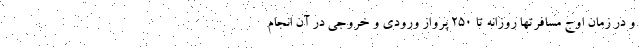
و در زمان اوج مسافرتها روزانه تا ۲۵۰ پرواز ورودی و خروجی در آن انجام